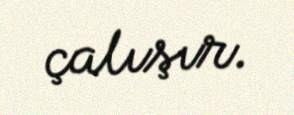
çalışır.